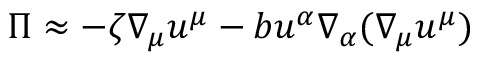
\Pi \approx - \zeta \nabla _ { \mu } u ^ { \mu } - b u ^ { \alpha } \nabla _ { \alpha } ( \nabla _ { \mu } u ^ { \mu } )